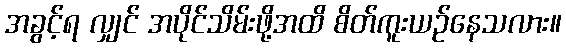
အခွင့်ရ လျှင် အပိုင်သိမ်းဖို့အထိ စိတ်ကူးယဉ်နေသလား။